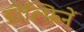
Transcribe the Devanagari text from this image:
डॉल्फ़िनें